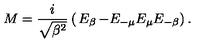
M = \frac { i } { \sqrt { { \mathrm { \boldmath \beta } } ^ { 2 } } } \left( \begin{matrix} { E _ { \mathrm { \boldmath \beta } } } & { - E _ { - { \mathrm { \boldmath \mu } } } } \\ { E _ { \mathrm { \boldmath \mu } } } & { E _ { - { \mathrm { \boldmath \beta } } } } \\ \end{matrix} \right) .